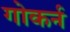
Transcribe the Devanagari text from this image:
गोकर्न